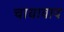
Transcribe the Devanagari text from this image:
चायावाद